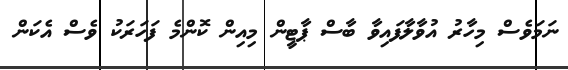
ނަމަވެސް މިހާރު އުވާލާފައިވާ ބާސް ޕާޓީން މިއިން ކޮންމެ ފަހަރަކު ވެސް އެކަން